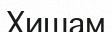
Хишам